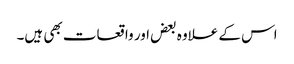
اس کے علاوہ بعض اور واقعات بھی ہیں۔